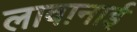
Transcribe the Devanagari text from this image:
लावानाई